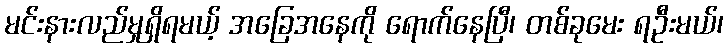
မင်းနားလည်မှုရှိရမယ့် အခြေအနေကို ရောက်နေပြီ၊ တစ်ခုမေး ရဦးမယ်၊